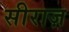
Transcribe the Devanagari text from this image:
सीराज़